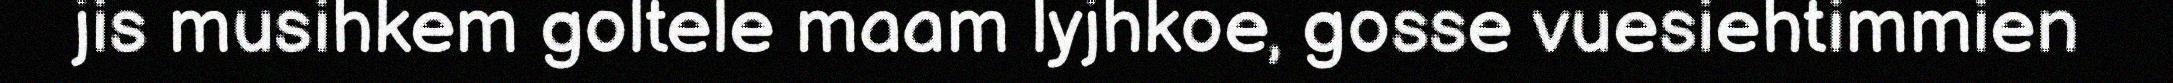
jis musihkem goltele maam lyjhkoe, gosse vuesiehtimmien